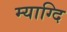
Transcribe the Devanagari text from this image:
म्याग्दि